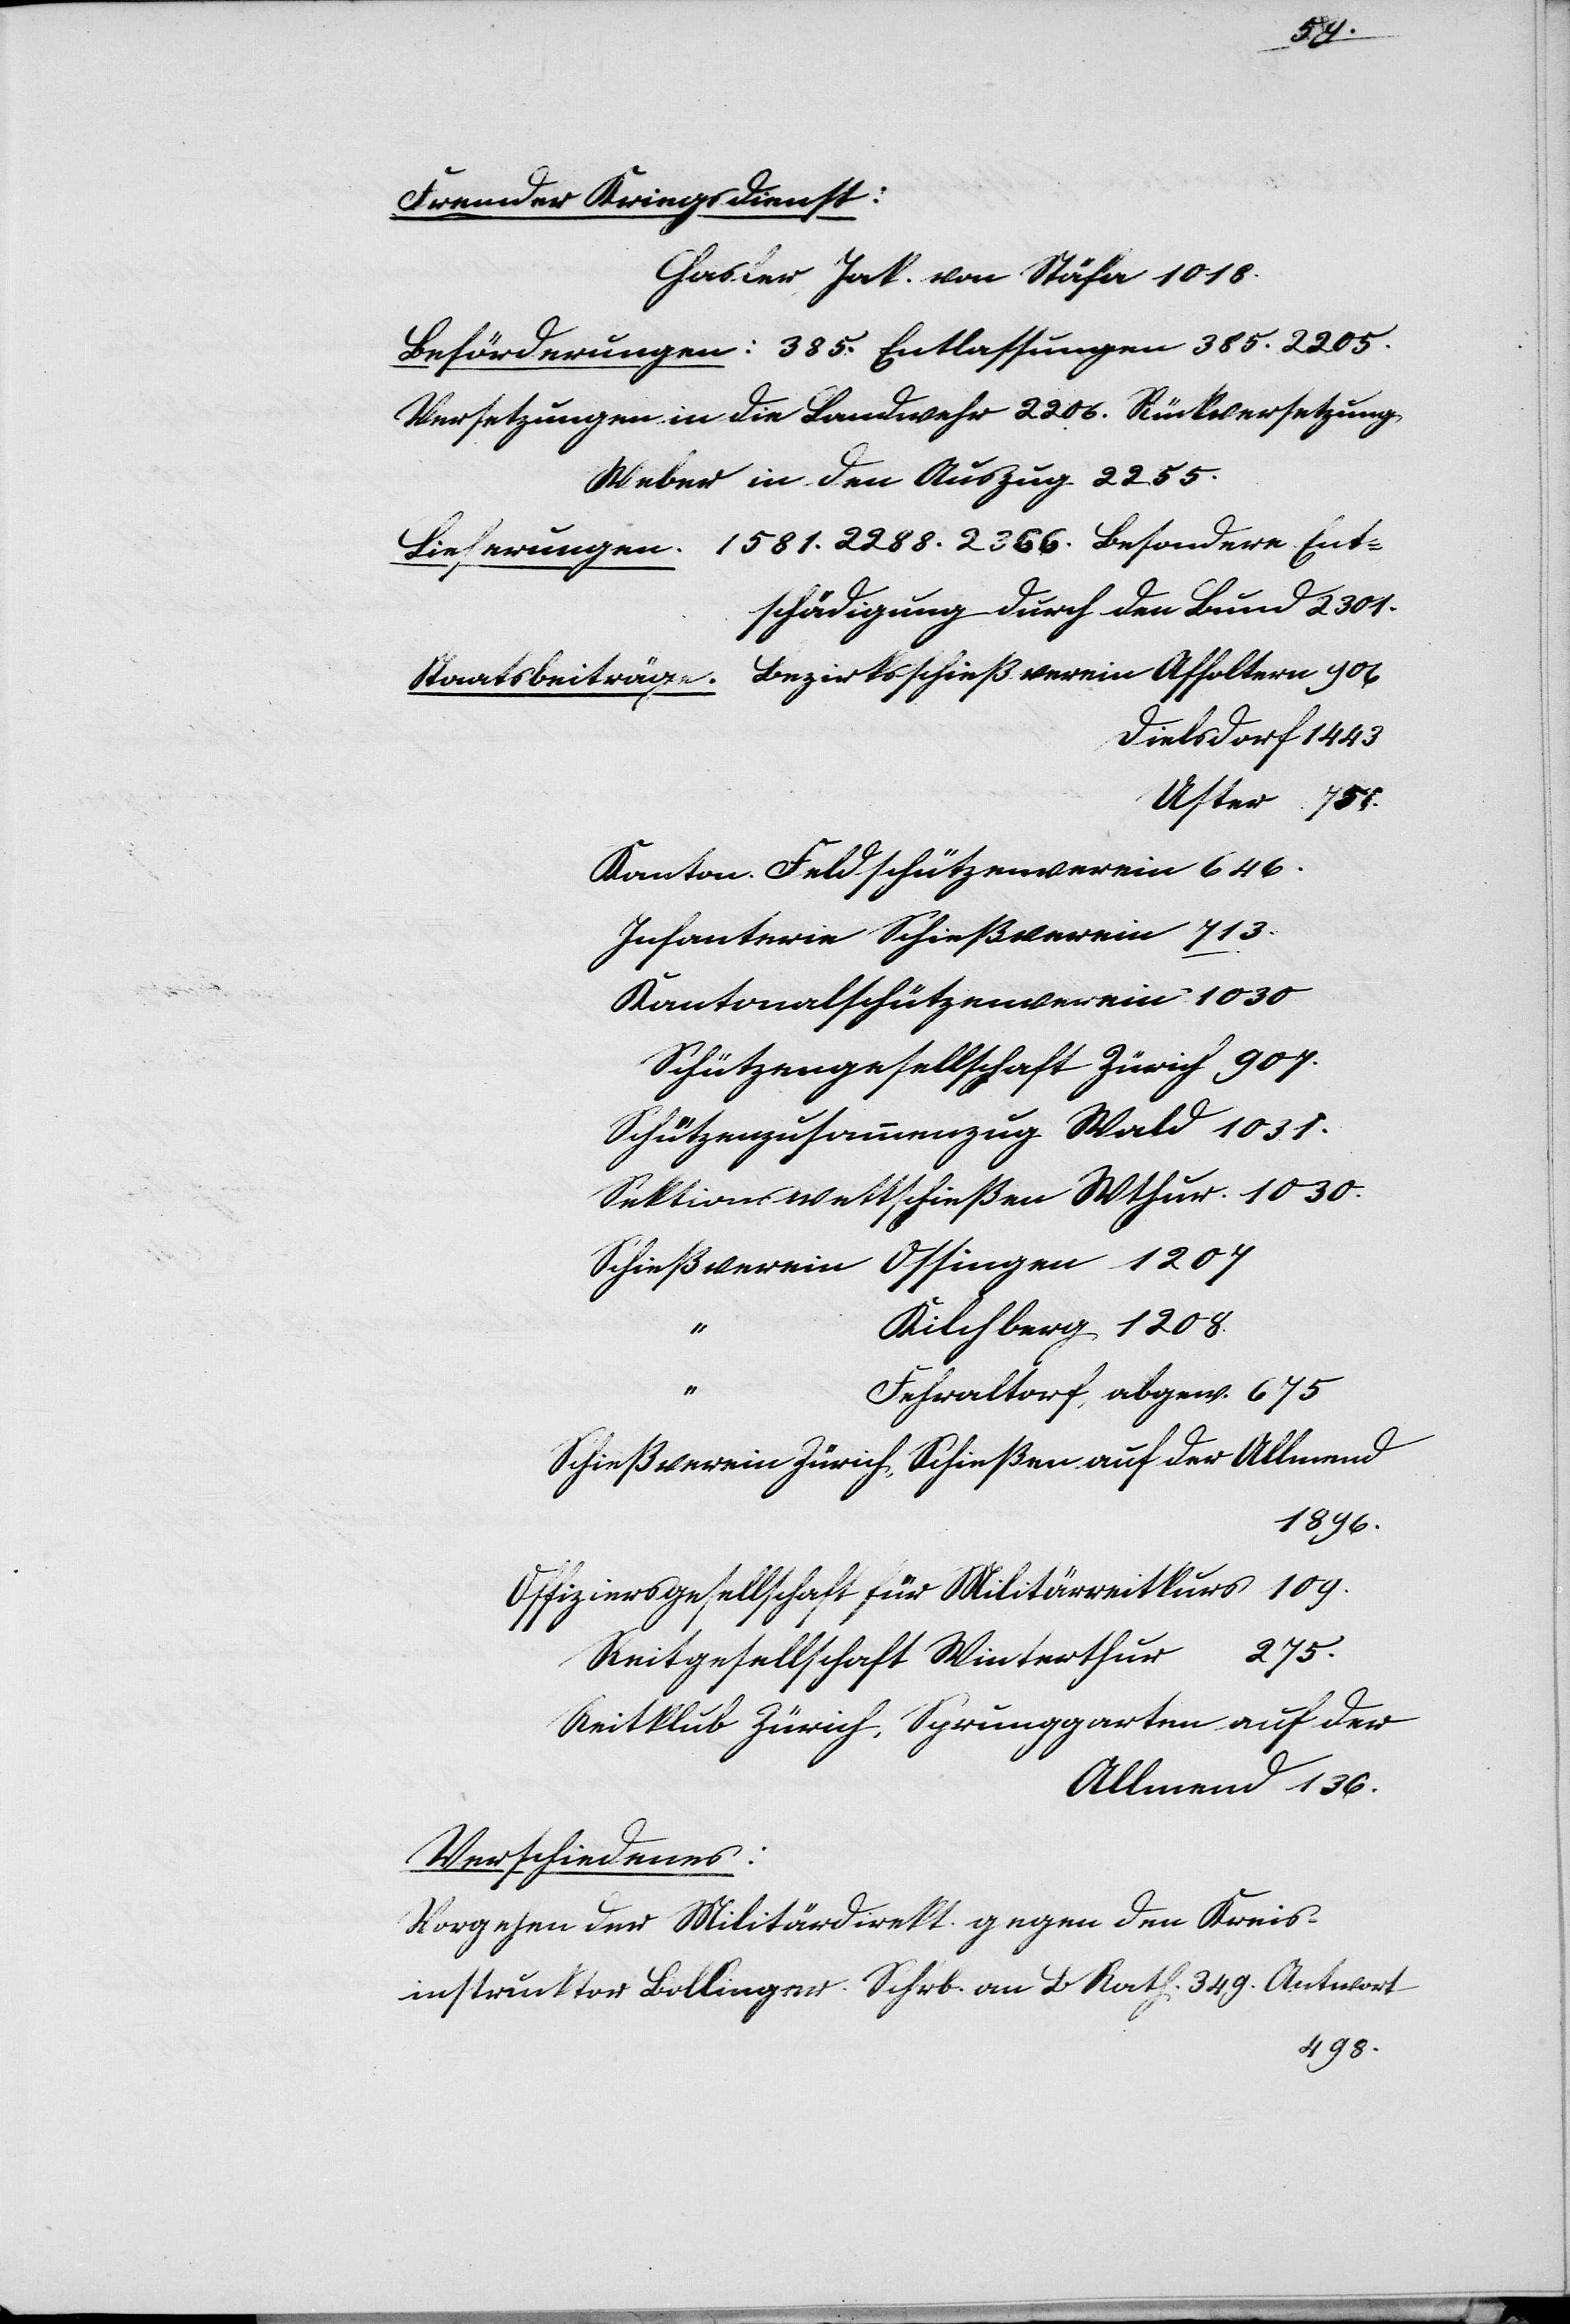
Fr.
Thiere zur
1885